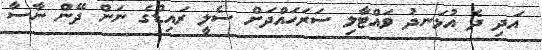
އަދި ދެ އުޅަނދު ވައްޓާލި ސަރަހައްދަށް ސެލީ ރައިޑްގެ ނަން ދޭން ނާސާ